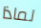
لماذا